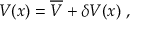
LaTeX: { \cal V } ( x ) = \overline { { { \cal V } } } + \delta { \cal V } ( x ) \ ,